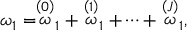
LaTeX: \omega _ { 1 } = \stackrel { \left( 0 \right) } { \omega } _ { 1 } + \stackrel { \left( 1 \right) } { \omega } _ { 1 } + \cdots + \stackrel { \left( J \right) } { \omega } _ { 1 } ,